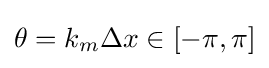
\theta =k_{m}\Delta x\in [-\pi ,\pi ]